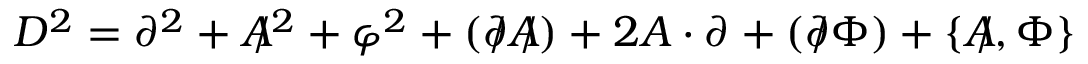
D ^ { 2 } = \partial ^ { 2 } + A \! \! \! / ^ { 2 } + \varphi ^ { 2 } + ( \partial \! \! \! / A \! \! \! / ) + 2 A \cdot \partial + ( \partial \! \! \! / \Phi ) + \{ A \! \! \! / , \Phi \}